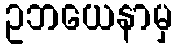
ဥဘယေနာမှ